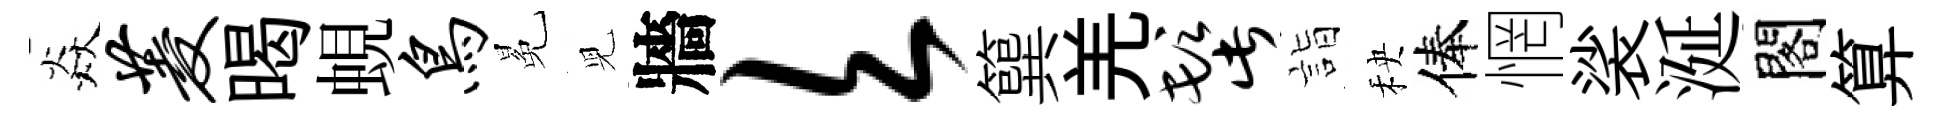
焱菱暍蜆鸟冕児牆欠簨羌髭詣秧俸惘裟涎閣算